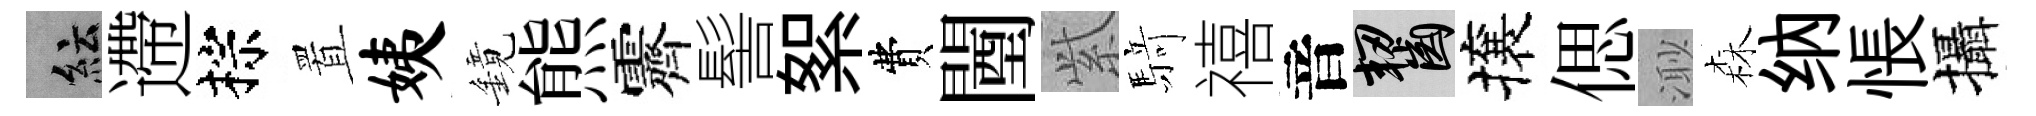
紜遰棕置姨鏡熊霽髻絮費闉𬗋𮪍禧音齧攘偲𣺌森纳悵攝